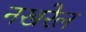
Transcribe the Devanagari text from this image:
नखरेल